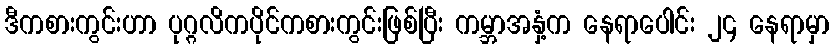
ဒီကစားကွင်းဟာ ပုဂ္ဂလိကပိုင်ကစားကွင်းဖြစ်ပြီး ကမ္ဘာအနှံ့က နေရာပေါင်း ၂၄ နေရာမှာ